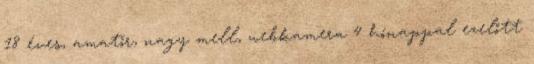
18 éves, amatőr, nagy mell, webkamera 4 hónappal ezelőtt